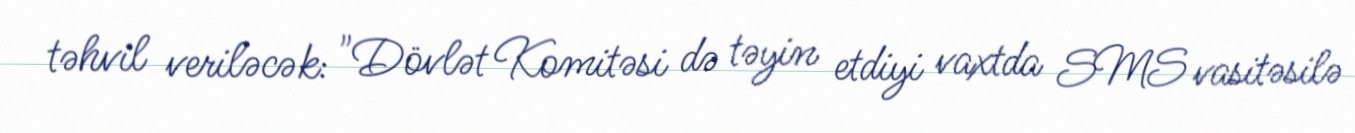
təhvil veriləcək: "Dövlət Komitəsi də təyin etdiyi vaxtda SMS vasitəsilə